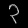
Digit: ၃